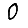
Digit: 0